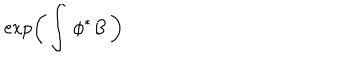
\exp \left( \, \int \, \phi ^ { * } B \, \right)